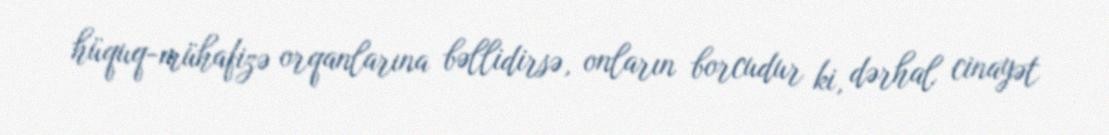
hüquq-mühafizə orqanlarına bəllidirsə, onların borcudur ki, dərhal cinayət